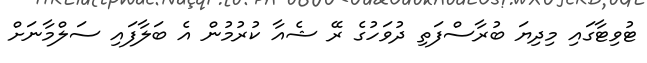
ޓުވިޓާގައި މިދިޔަ ބުރާސްފަތި ދުވަހުގެ ރޭ ޝެއާ ކުރުމުން އެ ބަލާފައި ސަލްމާނަށް